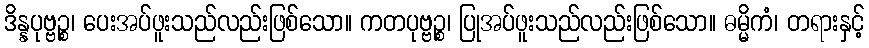
ဒိန္နပုဗ္ဗဉ္စ၊ ပေးအပ်ဖူးသည်လည်းဖြစ်သော။ ကတပုဗ္ဗဉ္စ၊ ပြုအပ်ဖူးသည်လည်းဖြစ်သော။ ဓမ္မိကံ၊ တရားနှင့်